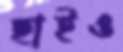
ছাইও